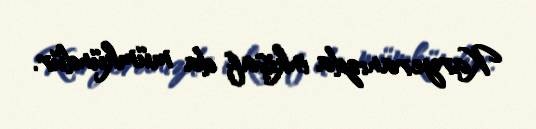
Karyeranızda inkişaf da mümkündür.